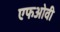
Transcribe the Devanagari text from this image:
एफओवी